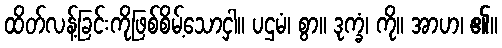
ထိတ်လန့်ခြင်းကိုဖြစ်စိမ့်သောငှါ။ ပဌမံ၊ စွာ။ ဒုက္ခံ၊ ကို။ အာဟ၊ ၏။